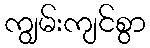
ကျွမ်းကျင်စွာ